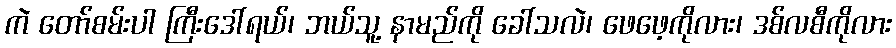
ကဲ တော်စမ်းပါ ကြီးဒေါ်ရယ်၊ ဘယ်သူ့ နာမည်ကို ခေါ်သလဲ၊ ဖေဖေ့ကိုလား၊ ဒစ်လစီကိုလား